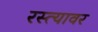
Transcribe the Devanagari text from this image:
रस्‍त्‍यावर